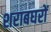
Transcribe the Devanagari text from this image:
शराबघरों